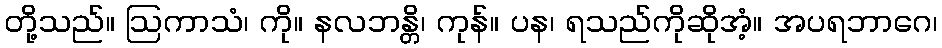
တို့သည်။ ဩကာသံ၊ ကို။ နလဘန္တိ၊ ကုန်။ ပန၊ ရသည်ကိုဆိုအံ့။ အပရဘာဂေ၊